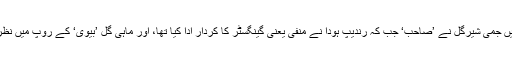
پہلی فلم میں جمی شیرگل نے ’صاحب‘ جب کہ رندیپ ہودا نے منفی یعنی گینگسٹر کا کردار ادا کیا تھا، اور ماہی گل ’بیوی‘ کے روپ میں نظرآئی تھیں۔